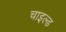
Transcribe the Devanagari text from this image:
चाइल्‍ड